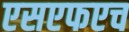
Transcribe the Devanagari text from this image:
एसएफएच